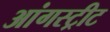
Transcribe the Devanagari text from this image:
आंगस्ट्रीट